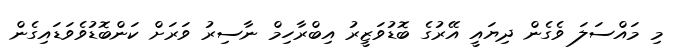
މި މައްސަލަ ވެގެން ދިޔައީ އޭރުގެ ބޮޑުވަޒީރު އިބްރާހިމް ނާސިރު ވަރަށް ކަންބޮޑުވެވަޑައިގެން